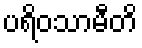
ပရိဝသာမီတိ